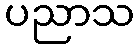
ပညာသ